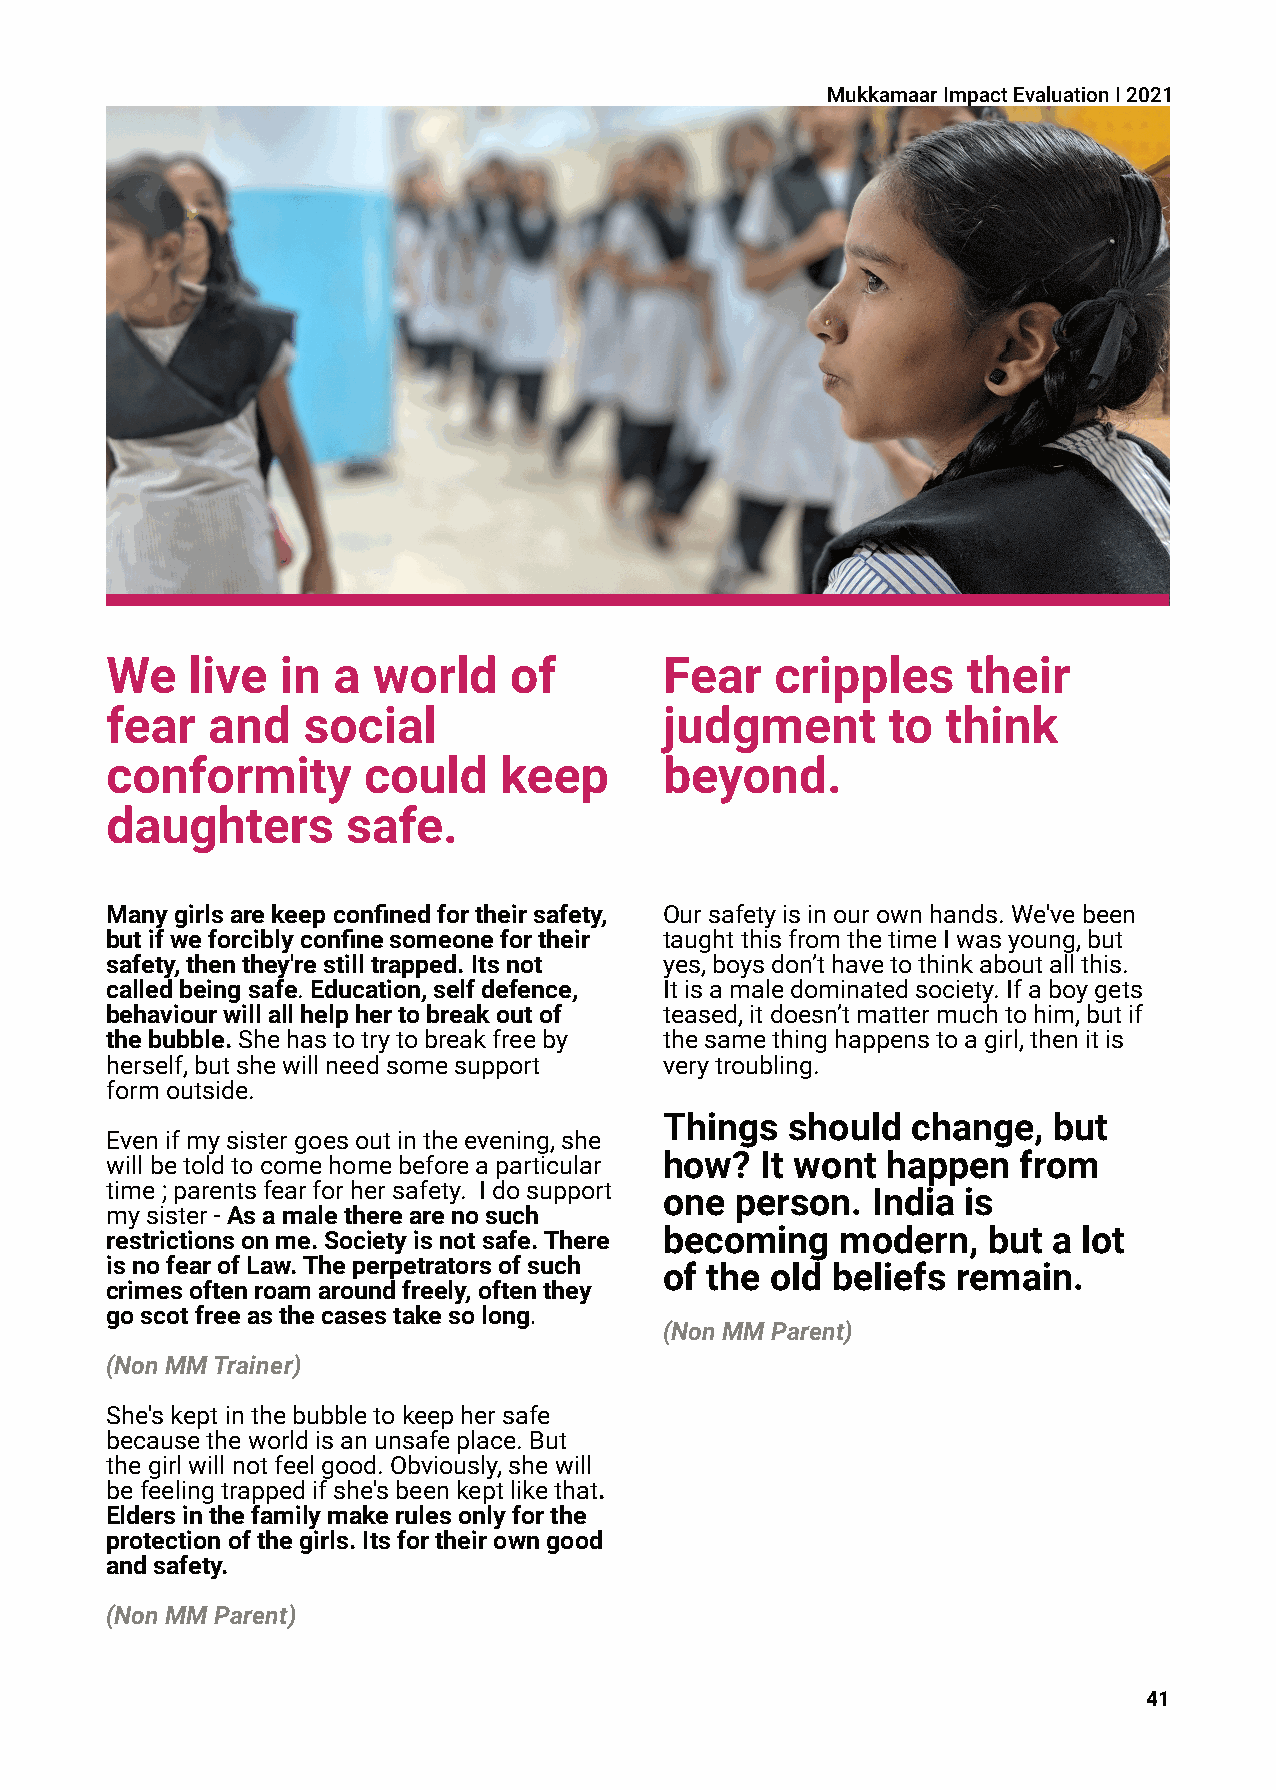
MukkamaarImpactEvaluationI2021
 We   live   in a  world    of        Fear   cripples     their
 fear   and   social                  judgment       to  think
 conformity       could    keep       beyond.
 daughters       safe.
 Manygirlsarekeepconfinedfortheirsafety, Oursafetyisinourownhands.We'vebeen
 butifweforciblyconfinesomeonefortheir taughtthisfromthetimeIwasyoung,but
 safety,thenthey'restilltrapped.Itsnot yes,boysdon’thavetothinkaboutallthis.
 calledbeingsafe.Education,selfdefence, Itisamaledominatedsociety.Ifaboygets
 behaviourwillallhelphertobreakoutof  teased,itdoesn’tmattermuchtohim,butif
 thebubble.Shehastotrytobreakfreeby   thesamethinghappenstoagirl,thenitis
 herself,butshewillneedsomesupport    verytroubling.
 formoutside.
 Things  should  change,   but
 Evenifmysistergoesoutintheevening,she
 willbetoldtocomehomebeforeaparticular how? It wont  happen  from
 time;parentsfearforhersafety. Idosupport
 one  person.  India is
 mysister-Asamaletherearenosuch
 restrictionsonme.Societyisnotsafe.There becoming modern,  but  a lot
 isnofearofLaw.Theperpetratorsofsuch
 of the old beliefs remain.
 crimesoftenroamaroundfreely,oftenthey
 goscotfreeasthecasestakesolong.
 (NonMMParent)
 (NonMMTrainer)
 She'skeptinthebubbletokeephersafe
 becausetheworldisanunsafeplace.But
 thegirlwillnotfeelgood.Obviously,shewill
 befeelingtrappedifshe'sbeenkeptlikethat.
 Eldersinthefamilymakerulesonlyforthe
 protectionofthegirls.Itsfortheirowngood
 andsafety.
 (NonMMParent)
 41